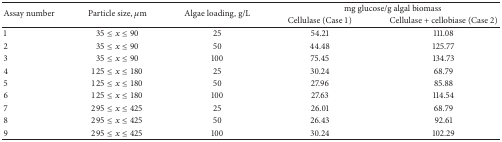
<table><thead><tr><td rowspan="2"><b>Assay number</b></td><td rowspan="2"><b>Particle size, μm</b></td><td rowspan="2"><b>Algae loading, g/L</b></td><td colspan="2"><b>mg glucose/g algal biomass</b></td></tr><tr><td><b>Cellulase (Case 1) </b></td><td><b>Cellulase + cellobiase (Case 2) </b></td></tr></thead><tbody><tr><td>1</td><td>35 ≤ <i>x</i> ≤ 90</td><td>25</td><td>54.21</td><td>111.08</td></tr><tr><td>2</td><td>35 ≤ <i>x</i> ≤ 90</td><td>50</td><td>44.48</td><td>125.77</td></tr><tr><td>3</td><td>35 ≤ <i>x</i> ≤ 90</td><td>100</td><td>75.45</td><td>134.73</td></tr><tr><td>4</td><td>125 ≤ <i>x</i> ≤ 180</td><td>25</td><td>30.24</td><td>68.79</td></tr><tr><td>5</td><td>125 ≤ <i>x</i> ≤ 180</td><td>50</td><td>27.96</td><td>85.88</td></tr><tr><td>6</td><td>125 ≤ <i>x</i> ≤ 180</td><td>100</td><td>27.63</td><td>114.54</td></tr><tr><td>7</td><td>295 ≤ <i>x</i> ≤ 425</td><td>25</td><td>26.01</td><td>68.79</td></tr><tr><td>8</td><td>295 ≤ <i>x</i> ≤ 425</td><td>50</td><td>26.43</td><td>92.61</td></tr><tr><td>9</td><td>295 ≤ <i>x</i> ≤ 425</td><td>100</td><td>30.24</td><td>102.29</td></tr></tbody></table>